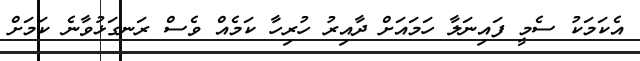
އެކަމަކު ސެމީ ފައިނަލާ ހަމައަށް ދާއިރު ހުރިހާ ކަމެއް ވެސް ރަނގަޅުވާނެ ކަމަށް